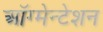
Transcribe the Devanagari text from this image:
ऑग्मेन्टेशन